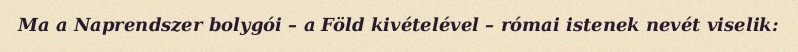
Ma a Naprendszer bolygói – a Föld kivételével – római istenek nevét viselik: